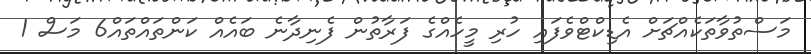
މަސްތުވާތަކެއްޗަށް އެޑިކްޓްވެފައި ހުރި މީހެއްގެ ފަރާތުން ފެނިދާނެ ބައެއް ކަންތައްތައް6 މަސް 1